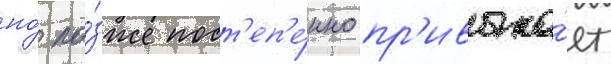
но́ по́зже пост'еп'е́нно пр'ивыка́ет